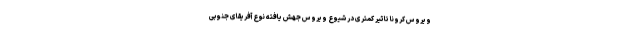
ویروس کرونا تاثیر کمتری در شیوع ویروس جهش یافته نوع آفریقای جنوبی